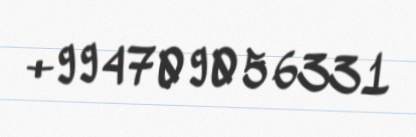
+994709056331